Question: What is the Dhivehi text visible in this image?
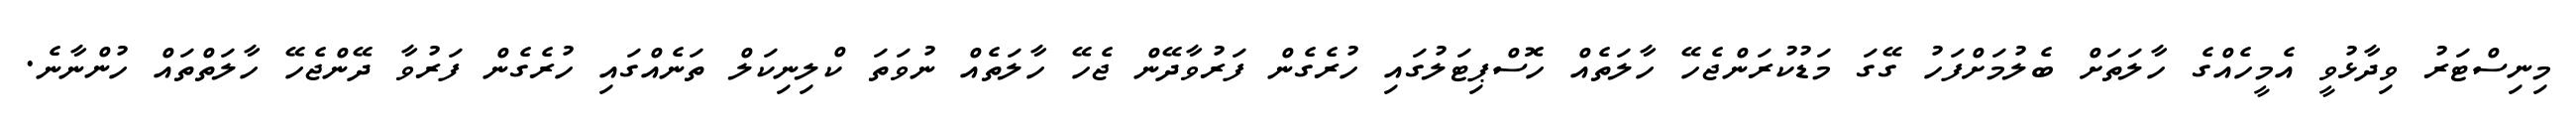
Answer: މިނިސްޓަރު ވިދާޅުވީ އެމީހެއްގެ ހާލަތަށް ބެލުމަށްފަހު ގޭގަ މަޑުކުރަންޖެހޭ ހާލަތެއް ހޮސްޕިޓަލުގައި ހުރެގެން ފަރުވާދޭން ޖެހޭ ހާލަތެއް ނުވަތަ ކްލިނިކަލް ތަނެއްގައި ހުރެގެން ފަރުވާ ދޭންޖެހޭ ހާލަތްތައް ހުންނާނެ.